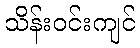
သိန်းဝင်းကျင်